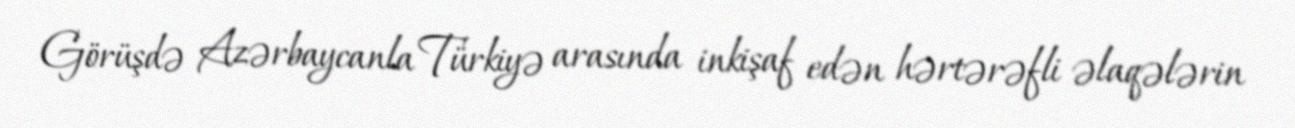
Görüşdə Azərbaycanla Türkiyə arasında inkişaf edən hərtərəfli əlaqələrin